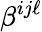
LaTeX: \beta^{ij\ell}